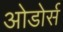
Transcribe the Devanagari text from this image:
ओडोर्स